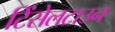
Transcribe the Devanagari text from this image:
टिंसेलटाउन